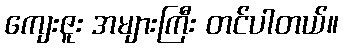
ကျေးဇူး အများကြီး တင်ပါတယ်။